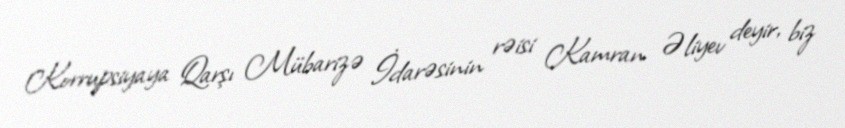
Korrupsiyaya Qarşı Mübarizə İdarəsinin rəisi Kamran Əliyev deyir, biz